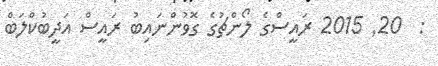
:  20